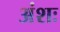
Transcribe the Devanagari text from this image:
अंशः